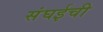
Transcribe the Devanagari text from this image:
संघईची